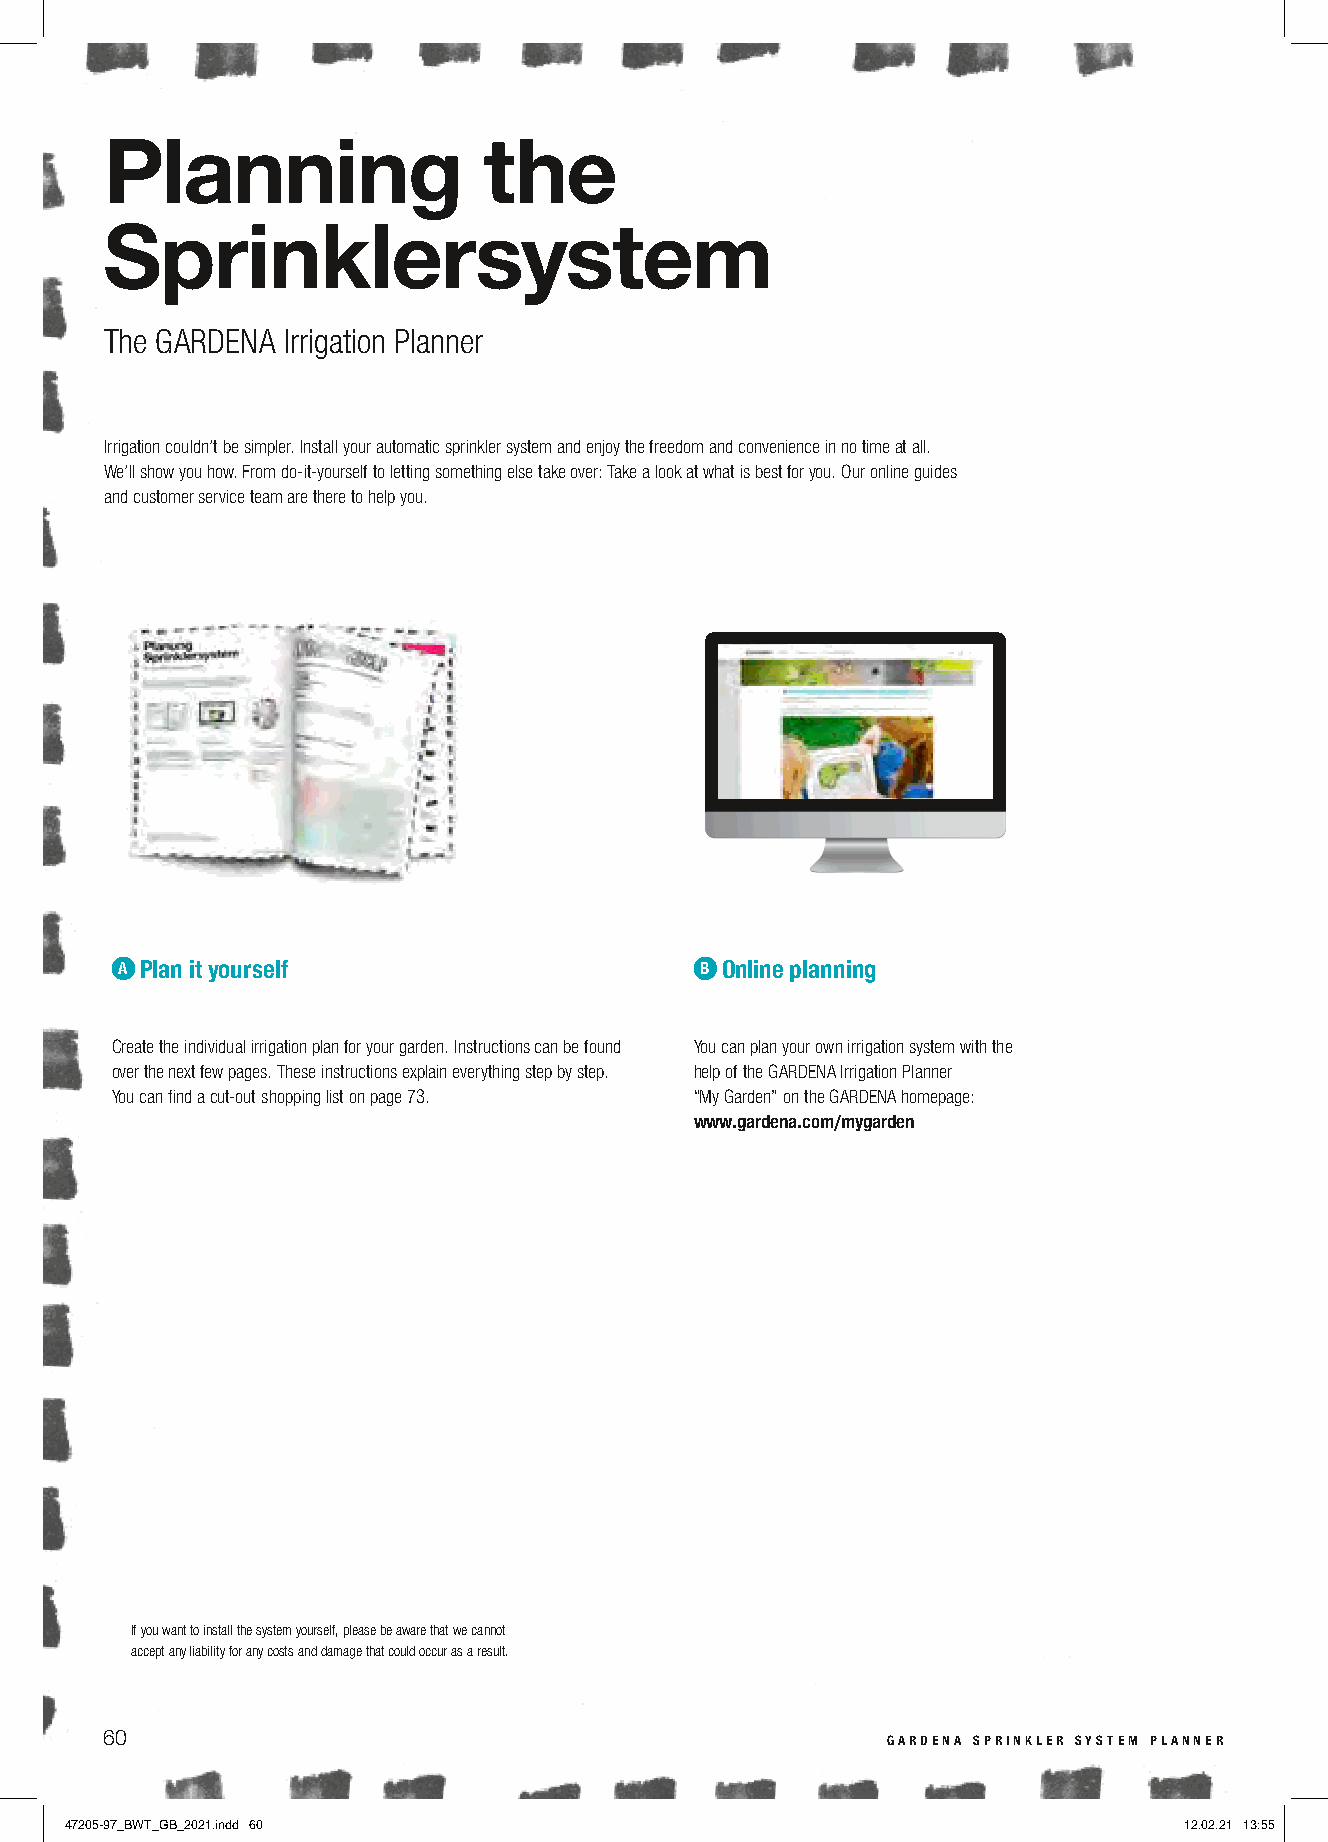
Planning                 the
 Sprinklersystem
 The GARDENA Irrigation Planner
 Irrigation couldn’t be simpler. Install your automatic sprinkler system and enjoy the freedom and convenience in no time at all.
 We’ll show you how. From do-it-yourself to letting something else take over: Take a look at what is best for you. Our online guides
 and customer service team are there to help you.
 A Plan it yourself                    B Online planning
 Create the individual irrigation plan for your garden. Instructions can be found You can plan your own irrigation system with the
 over the next few pages. These instructions explain everything step by step. help of the GARDENA Irrigation Planner
 You can find a cut-out shopping list on page 73. “My Garden” on the GARDENA homepage:
 www.gardena.com/mygarden
 If you want to install the system yourself, please be aware that we cannot
 accept any liability for any costs and damage that could occur as a result.
 60                                                  gardena sprinkler system planner
 47205-97_BWT_GB_2021.indd 60                                              12.02.21 13:55